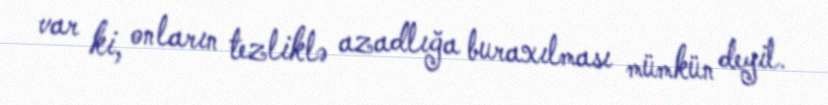
var ki, onların tezliklə azadlığa buraxılması mümkün deyil.